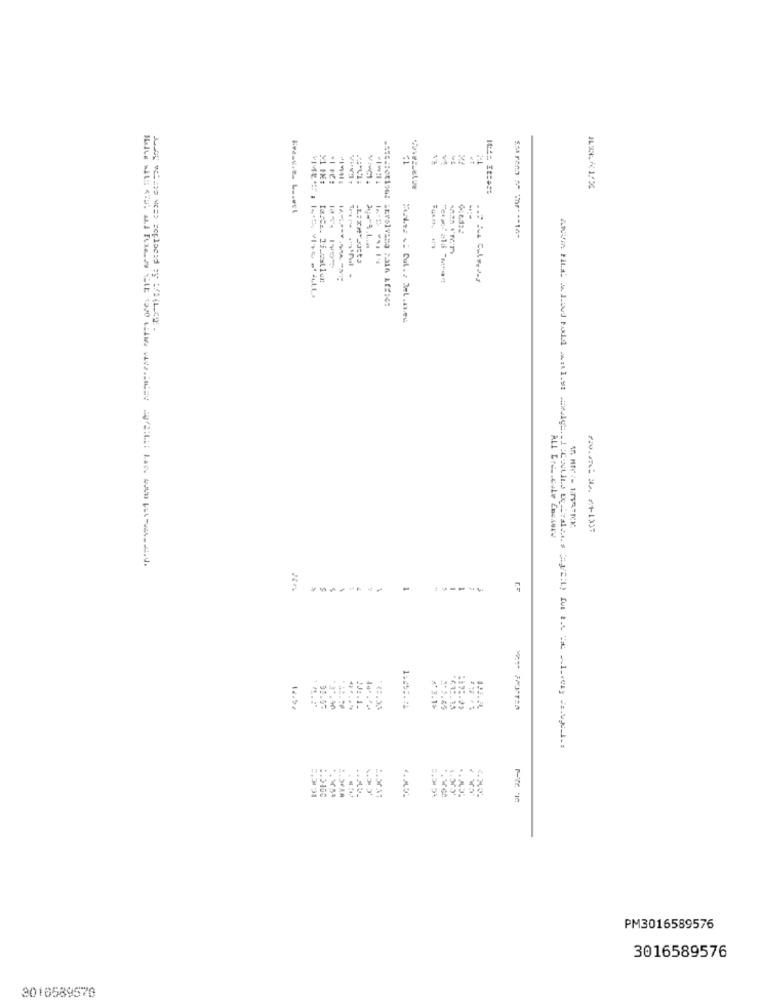
vi
VivCt :
ILS. / 1/%
farca. 15.wallun
- -
-----
14.94
3.0400
PM3016589576
3016589576
3016589570